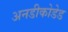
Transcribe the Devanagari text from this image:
अनडीकोडेड